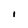
Character: I